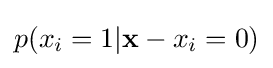
p(x_{i}=1|\mathbf {x} -{x_{i}}=0)